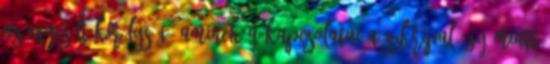
az Egyesült Királyság, aminek a kapcsolatai a Szkripal-ügy miatt